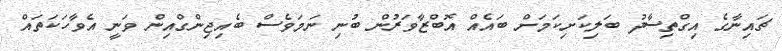
ޗައިނާގެ އިގްތިސާދު ބަލިކަށިކަމަށް ބައެއް އޮބްޒާވަރުން ބުނި ނަމަވެސް ބެއިޖިންގްއިން ވަނީ އެވާހަކަތައް